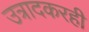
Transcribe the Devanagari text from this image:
उत्रादकरही